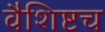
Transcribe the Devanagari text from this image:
वैशिष्टच